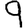
Digit: 9